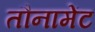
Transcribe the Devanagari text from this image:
तौनामेंट